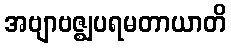
အဗျာဗဇ္ဈပရမတာယာတိ